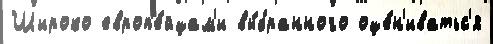
Широко европ'е́йцам'и вы́бранного оце́н'иватьс'я